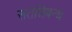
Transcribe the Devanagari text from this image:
सतन्निबन्ध